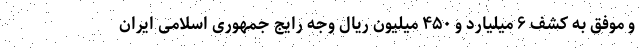
و موفق به کشف ۶ میلیارد و ۴۵۰ میلیون ریال وجه رایج جمهوری اسلامی ایران